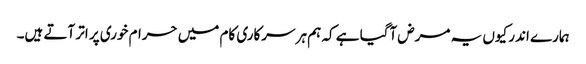
ہمارے اندر کیوں یہ مرض آگیا ہے کہ ہم ہر سرکاری کام میں حرام خوری پر اتر آتے ہیں۔